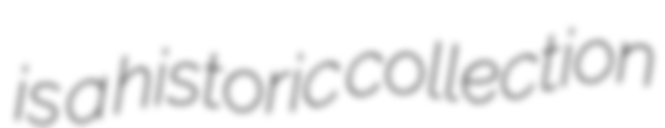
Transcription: is a historic collection